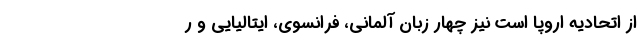
از اتحادیه اروپا است نیز چهار زبان آلمانی، فرانسوی، ایتالیایی و ر